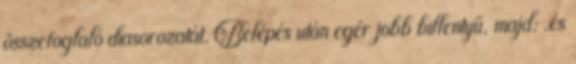
összefoglaló diasorozatát. Belépés után egér jobb billentyű, majd: .és